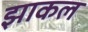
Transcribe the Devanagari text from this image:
झाकल